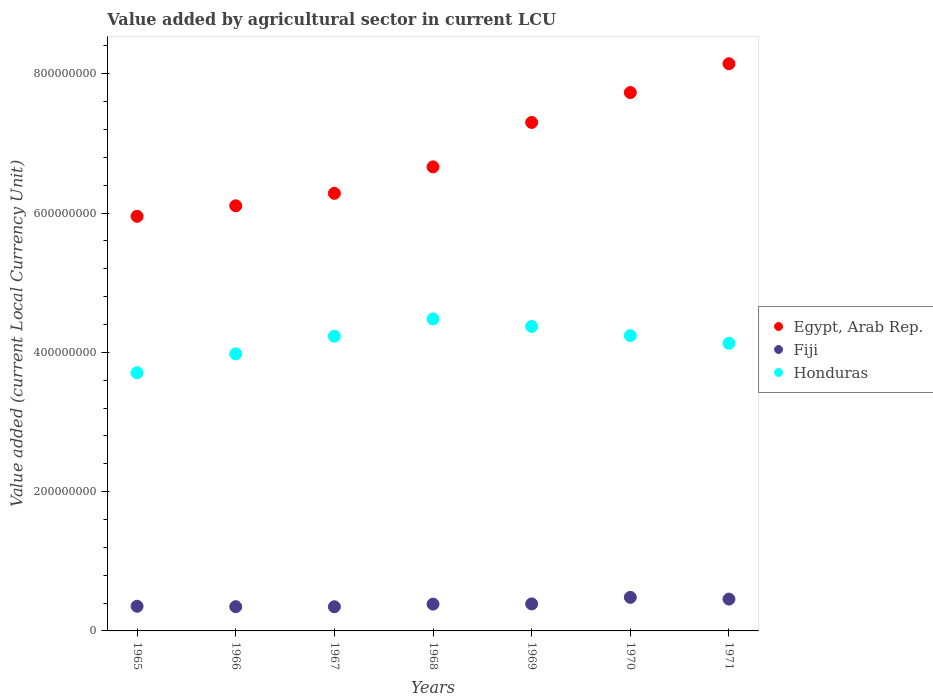
| Years | Egypt, Arab Rep. | Fiji | Honduras |
 | --- | --- | --- | --- |
 | 1965 | 5.95e+08 | 3.54e+07 | 3.71e+08 |
 | 1966 | 6.1e+08 | 3.48e+07 | 3.98e+08 |
 | 1967 | 6.28e+08 | 3.47e+07 | 4.23e+08 |
 | 1968 | 6.66e+08 | 3.85e+07 | 4.48e+08 |
 | 1969 | 7.3e+08 | 3.88e+07 | 4.37e+08 |
 | 1970 | 7.73e+08 | 4.82e+07 | 4.24e+08 |
 | 1971 | 8.14e+08 | 4.57e+07 | 4.13e+08 |